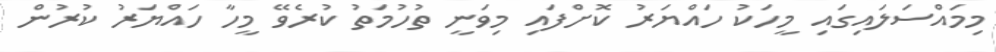
މިމައްސަލައިގައި މީހަކު ހައްޔަރު ކޮށްފައި މިވަނީ ތުހުމަތު ކުރެވޭ މީހާ ހައްޔަރު ކުރުން